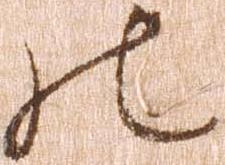
の